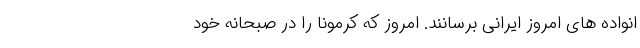
انواده های امروز ایرانی برسانند. امروز که کرمونا را در صبحانه خود